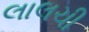
લાલચી